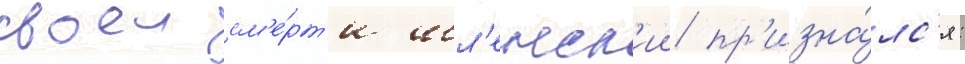
своеи см'е́рт'и шл'енск'ии пр'изна́лс'я: